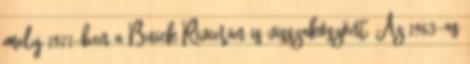
mely 1971-ben a Buick Rivierán is visszaköszönt. Az 1963-as